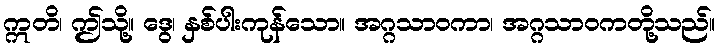
ဣတိ၊ ဤသို့။ ဒွေ၊ နှစ်ပါးကုန်သော။ အဂ္ဂသာဝကာ၊ အဂ္ဂသာဝကတို့သည်။